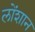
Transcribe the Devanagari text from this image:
लोंशान